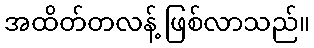
အထိတ်တလန့် ဖြစ်လာသည်။